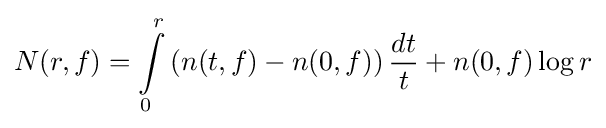
N(r,f)=\int \limits _{0}^{r}\left(n(t,f)-n(0,f)\right){\dfrac {dt}{t}}+n(0,f)\log r